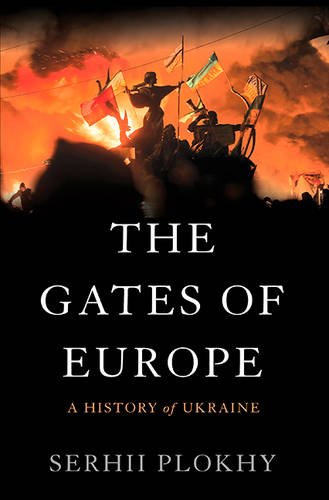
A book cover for The Gates of Europe: A History of Ukraine; Serhii Plokhy; History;